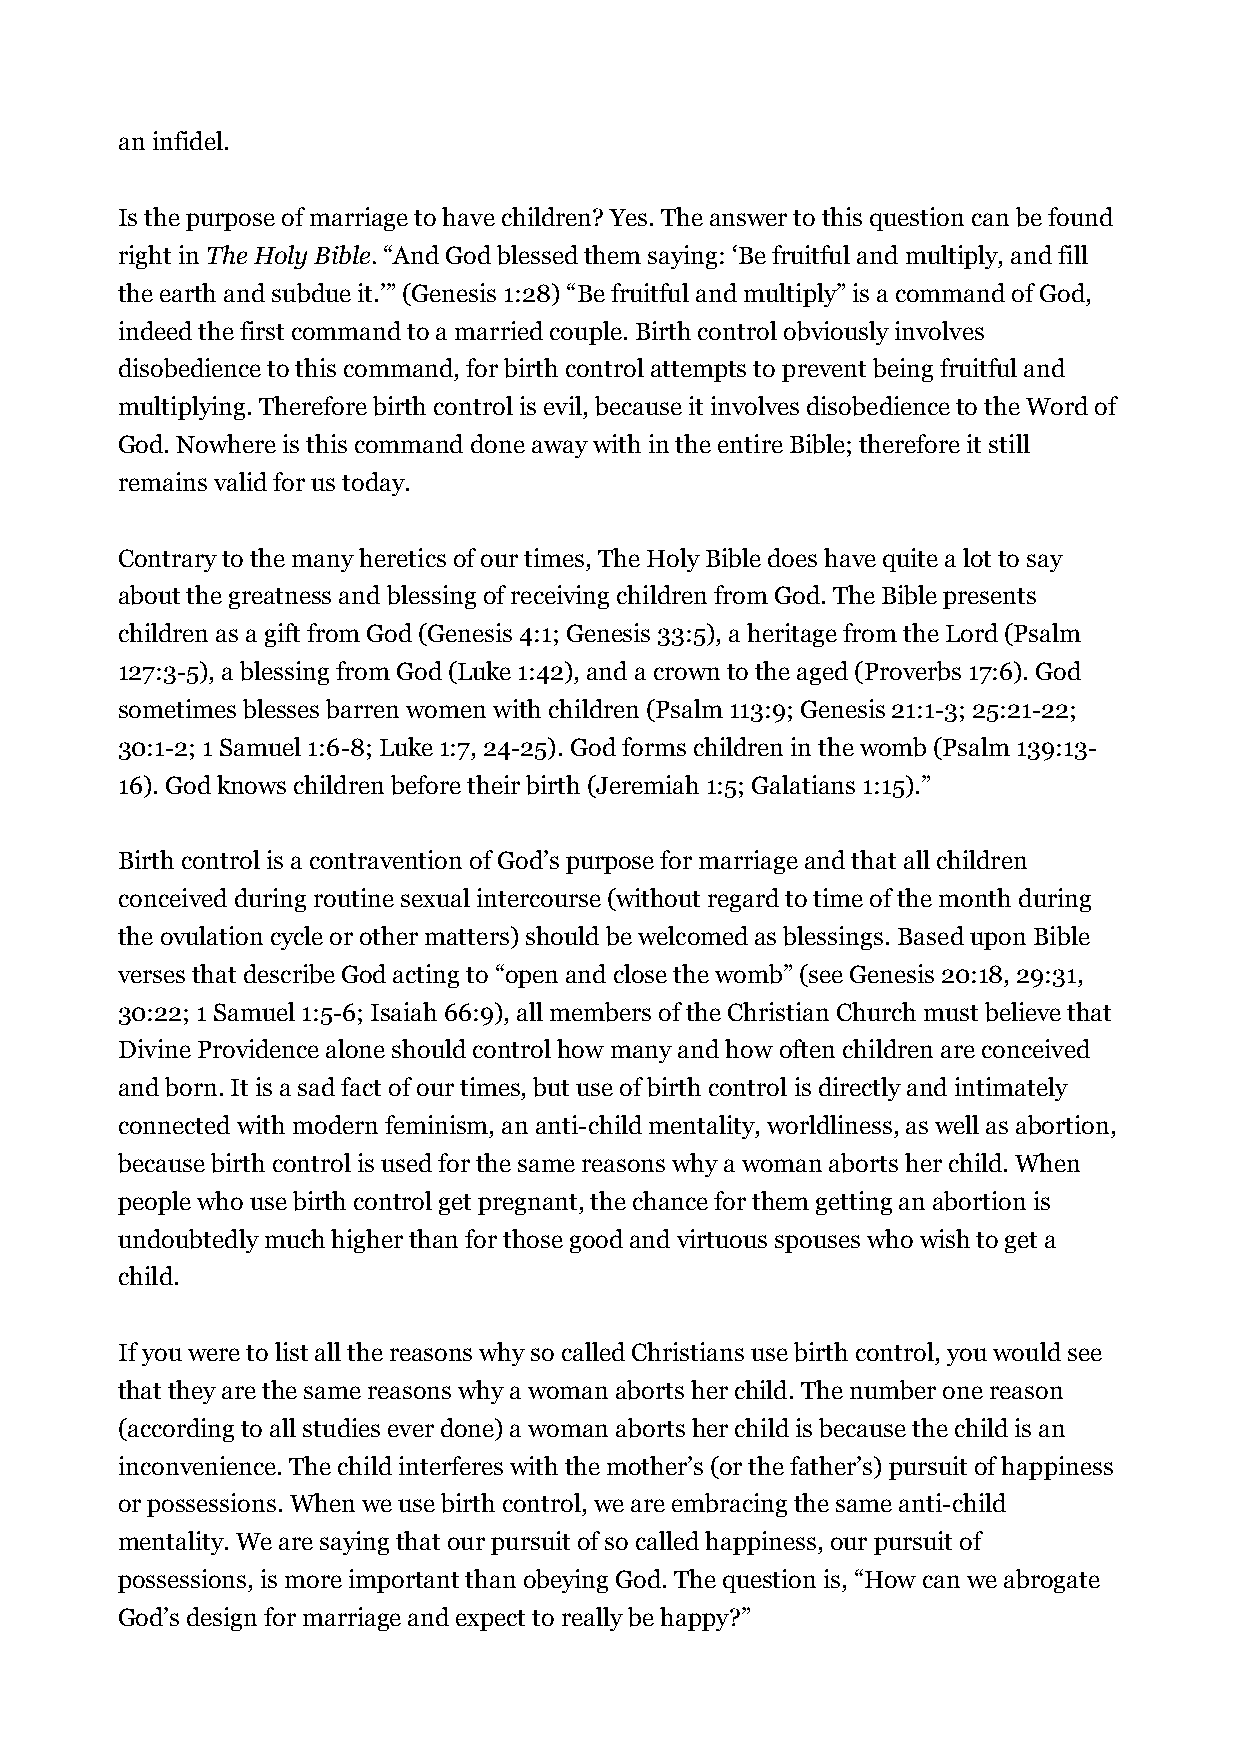
an infidel.
 Is the purpose of marriage to have children? Yes. The answer to this question can be found
 right in The Holy Bible. “And God blessed them saying: ‘Be fruitful and multiply, and fill
 the earth and subdue it.’” (Genesis 1:28) “Be fruitful and multiply” is a command of God,
 indeed the first command to a married couple. Birth control obviously involves
 disobedience to this command, for birth control attempts to prevent being fruitful and
 multiplying. Therefore birth control is evil, because it involves disobedience to the Word of
 God. Nowhere is this command done away with in the entire Bible; therefore it still
 remains valid for us today.
 Contrary to the many heretics of our times, The Holy Bible does have quite a lot to say
 about the greatness and blessing of receiving children from God. The Bible presents
 children as a gift from God (Genesis 4:1; Genesis 33:5), a heritage from the Lord (Psalm
 127:3-5), a blessing from God (Luke 1:42), and a crown to the aged (Proverbs 17:6). God
 sometimes blesses barren women with children (Psalm 113:9; Genesis 21:1-3; 25:21-22;
 30:1-2; 1 Samuel 1:6-8; Luke 1:7, 24-25). God forms children in the womb (Psalm 139:13-
 16). God knows children before their birth (Jeremiah 1:5; Galatians 1:15).”
 Birth control is a contravention of God’s purpose for marriage and that all children
 conceived during routine sexual intercourse (without regard to time of the month during
 the ovulation cycle or other matters) should be welcomed as blessings. Based upon Bible
 verses that describe God acting to “open and close the womb” (see Genesis 20:18, 29:31,
 30:22; 1 Samuel 1:5-6; Isaiah 66:9), all members of the Christian Church must believe that
 Divine Providence alone should control how many and how often children are conceived
 and born. It is a sad fact of our times, but use of birth control is directly and intimately
 connected with modern feminism, an anti-child mentality, worldliness, as well as abortion,
 because birth control is used for the same reasons why a woman aborts her child. When
 people who use birth control get pregnant, the chance for them getting an abortion is
 undoubtedly much higher than for those good and virtuous spouses who wish to get a
 child.
 If you were to list all the reasons why so called Christians use birth control, you would see
 that they are the same reasons why a woman aborts her child. The number one reason
 (according to all studies ever done) a woman aborts her child is because the child is an
 inconvenience. The child interferes with the mother’s (or the father’s) pursuit of happiness
 or possessions. When we use birth control, we are embracing the same anti-child
 mentality. We are saying that our pursuit of so called happiness, our pursuit of
 possessions, is more important than obeying God. The question is, “How can we abrogate
 God’s design for marriage and expect to really be happy?”